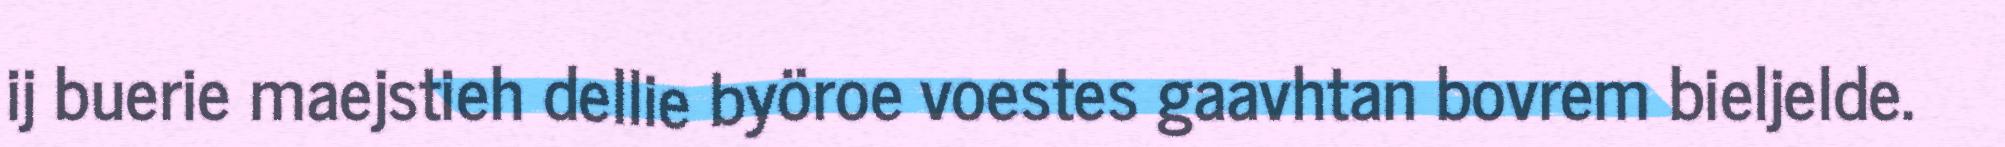
ij buerie maejstieh dellie byöroe voestes gaavhtan bovrem bieljelde.